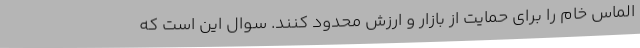
الماس خام را برای حمایت از بازار و ارزش محدود کنند. سوال این است که